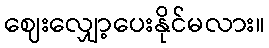
ဈေးလျှော့ပေးနိုင်မလား။